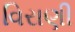
વિરાણી